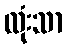
လုံးသာ